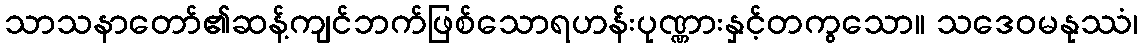
သာသနာတော်၏ဆန့်ကျင်ဘက်ဖြစ်သောရဟန်းပုဏ္ဏားနှင့်တကွသော။ သဒေဝမနုဿံ၊